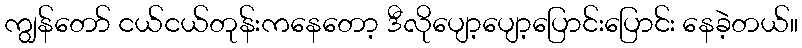
ကျွန်တော် ငယ်ငယ်တုန်းကနေတော့ ဒီလိုပျော့ပျော့ပြောင်းပြောင်း နေခဲ့တယ်။